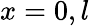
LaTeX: x=0,l